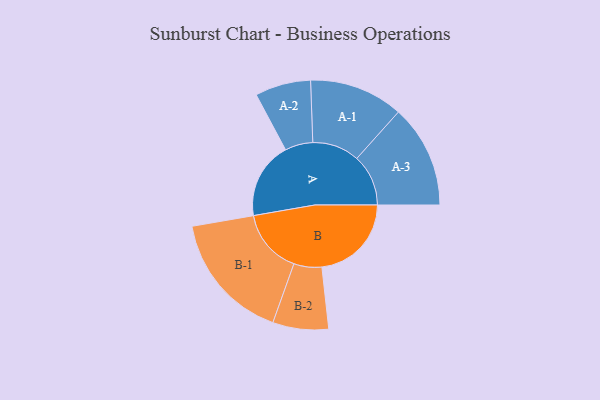
{"axis": {"x": "Segment", "y": "Value"}, "legend": ["", "A", "B"], "data": [{"x": "A", "y": 325, "type": ""}, {"x": "B", "y": 379, "type": ""}, {"x": "A-1", "y": 199, "type": "A"}, {"x": "A-2", "y": 118, "type": "A"}, {"x": "A-3", "y": 218, "type": "A"}, {"x": "B-1", "y": 274, "type": "B"}, {"x": "B-2", "y": 118, "type": "B"}]}